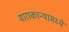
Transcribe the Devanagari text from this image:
माराकान्यामध्ये